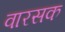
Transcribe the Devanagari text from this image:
वारसक